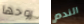
روحها الندم